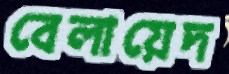
বেলায়েদ